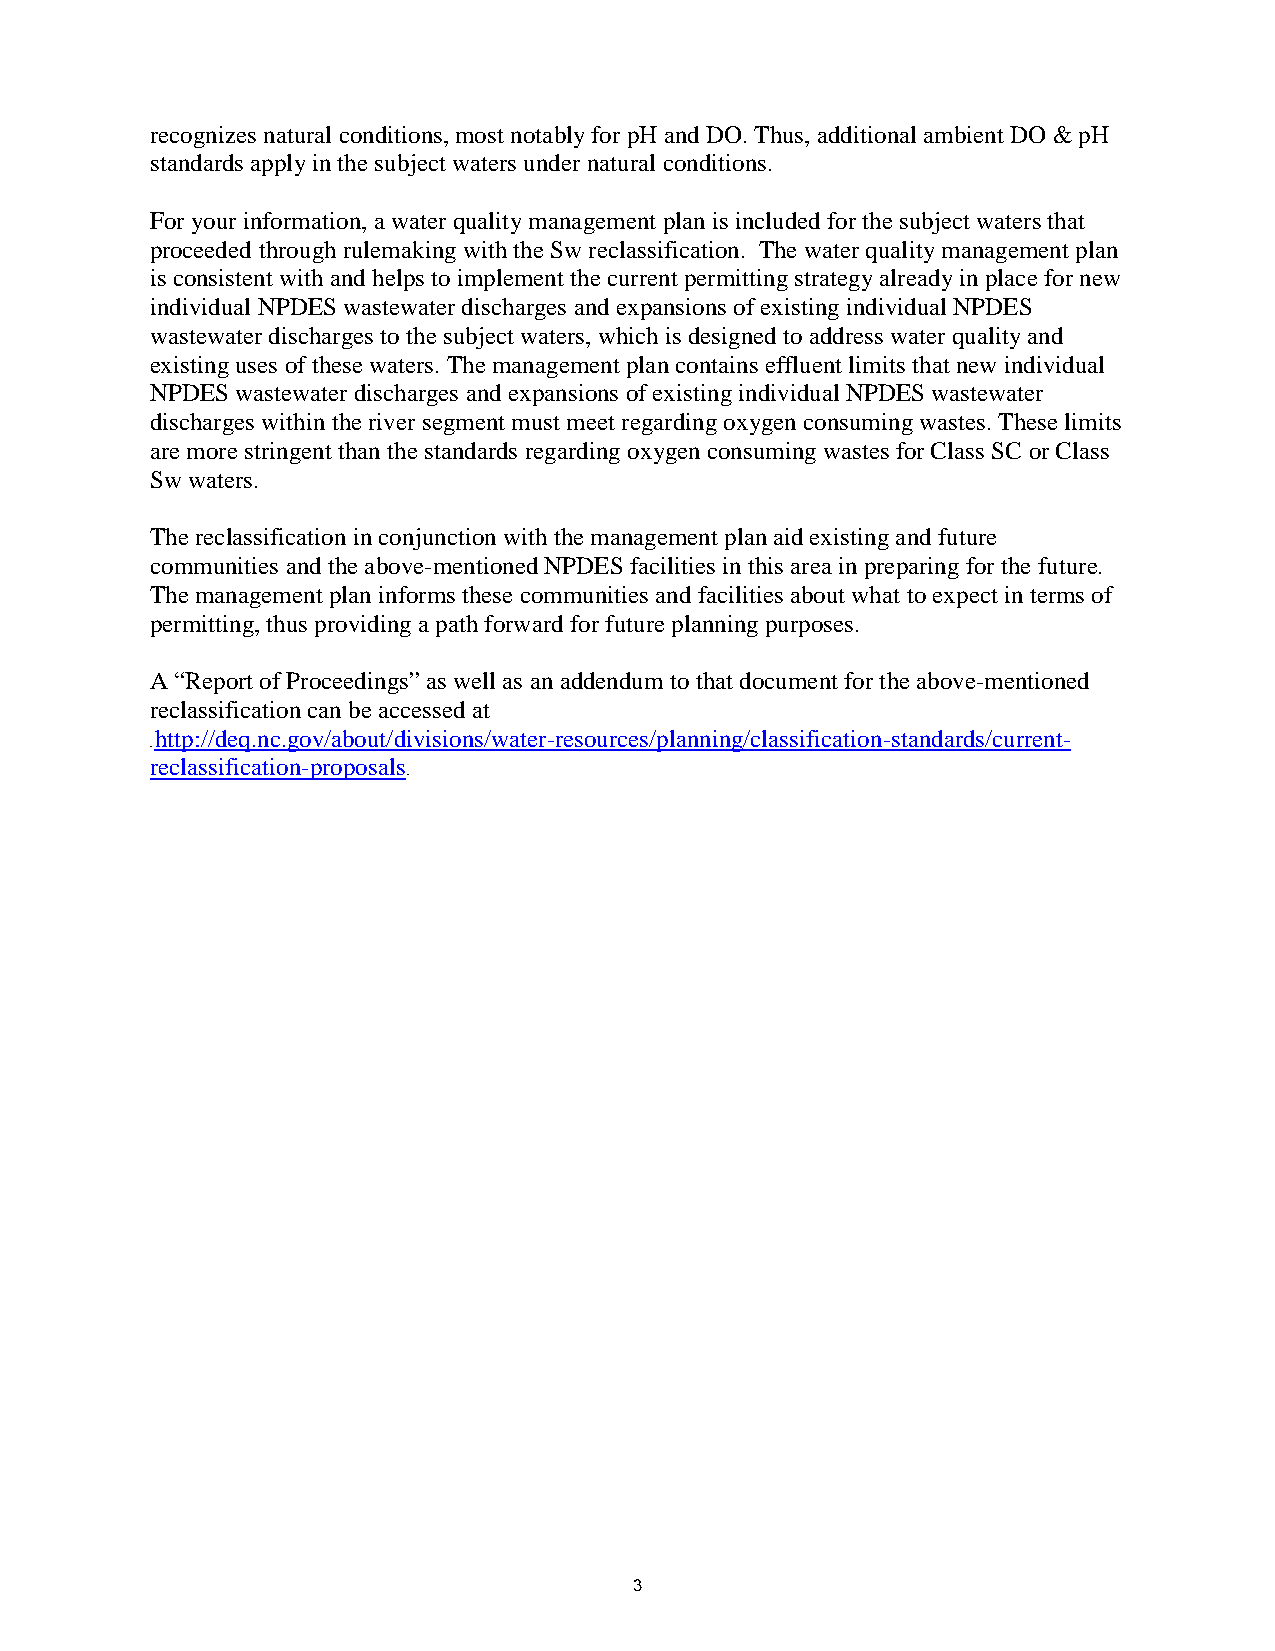
recognizes natural conditions, most notably for pH and DO. Thus, additional ambient DO & pH
 standards apply in the subject waters under natural conditions.
 For your information, a water quality management plan is included for the subject waters that
 proceeded through rulemaking with the Sw reclassification. The water quality management plan
 is consistent with and helps to implement the current permitting strategy already in place for new
 individual NPDES wastewater discharges and expansions of existing individual NPDES
 wastewater discharges to the subject waters, which is designed to address water quality and
 existing uses of these waters. The management plan contains effluent limits that new individual
 NPDES wastewater discharges and expansions of existing individual NPDES wastewater
 discharges within the river segment must meet regarding oxygen consuming wastes. These limits
 are more stringent than the standards regarding oxygen consuming wastes for Class SC or Class
 Sw waters.
 The reclassification in conjunction with the management plan aid existing and future
 communities and the above-mentioned NPDES facilities in this area in preparing for the future.
 The management plan informs these communities and facilities about what to expect in terms of
 permitting, thus providing a path forward for future planning purposes.
 A “Report of Proceedings” as well as an addendum to that document for the above-mentioned
 reclassification can be accessed at
 http://deq.nc.gov/about/divisions/water-resources/planning/classification-standards/current-
 26TU
 reclassification-proposals
 U26T
 3